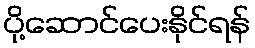
ပို့ဆောင်ပေးနိုင်ရန်